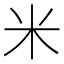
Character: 米